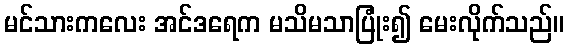
မင်သားကလေး အင်ဒရေက မသိမသာပြုံး၍ မေးလိုက်သည်။